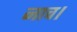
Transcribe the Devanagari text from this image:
नाच।